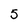
Character: 5